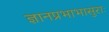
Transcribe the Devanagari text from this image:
ज्ञानप्रभाभासुराः